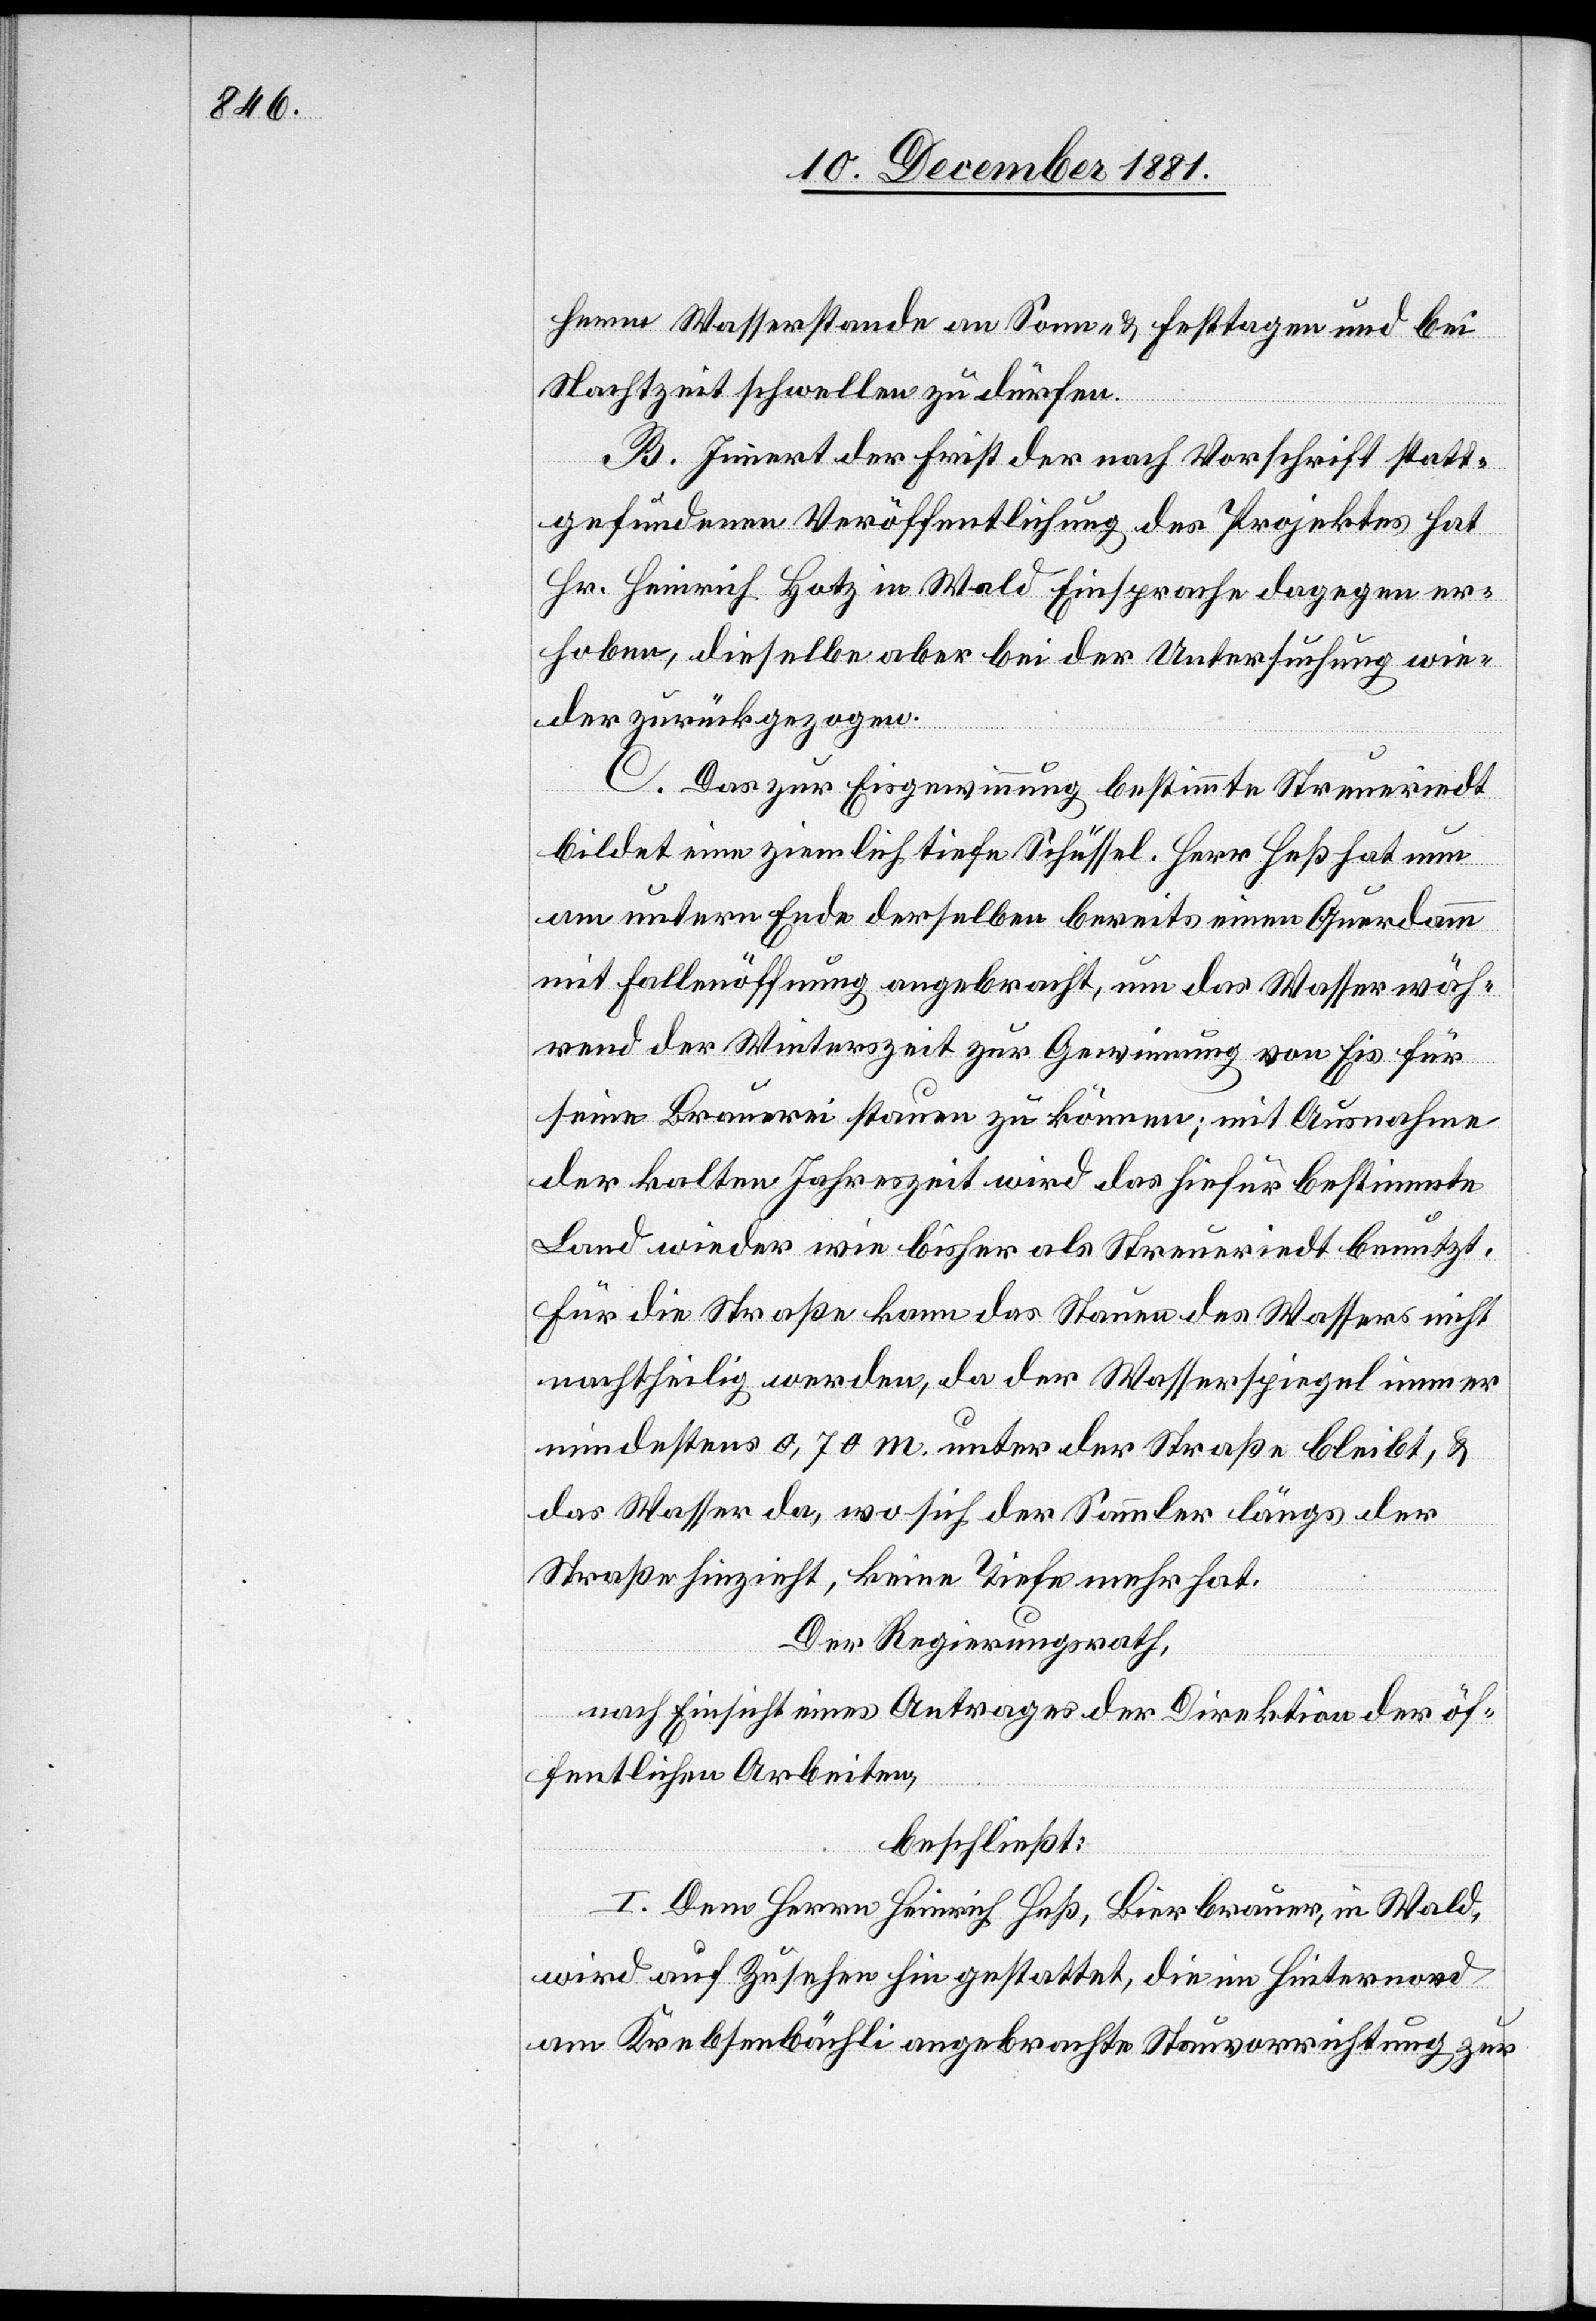
herm Wasserstande an Sonn- & Festtagen und bei
Nachtzeit schwellen zu dürfen.
B. Innert der Frist der nach Vorschrift statt¬
gefundenen Veröffentlichung des Projektes hat
Hr. Heinrich Hotz in Wald Einsprache dagegen er¬
hoben, dieselbe aber bei der Untersuchung wie¬
der zurückgezogen.
C. Das zur Eisgewinnung bestimmte Streueriedt
bildet eine ziemlich tiefe Schüssel. Herr Heß hat nun
am untern Ende derselben bereits einen Querdamm
mit Fallenöffnung angebracht, um das Wasser wäh¬
rend der Winterszeit zur Gewinnung von Eis für
seine Brauerei stauen zu können; mit Ausnahme
der kalten Jahreszeit wird das hiefür bestimmte
Land wieder wie bisher als Streueriedt benutzt.
Für die Straße kann das Stauen des Wassers nicht
nachtheilig werden, da der Wasserspiegel immer
mindestens 0,70 m. unter der Straße bleibt, &
das Wasser da, wo sich der Sammler längs der
Straße hinzieht, keine Tiefe mehr hat.
Der Regierungsrath,
nach Einsicht eines Antrages der Direktion der öf¬
fentlichen Arbeiten,
beschließt:
I. Dem Herrn Heinrich Heß, Bierbrauer, in Wald,
wird auf Zusehen hin gestattet, die im Hinternord
am Krebsenbächli angebrachte Stauvorrichtung zur